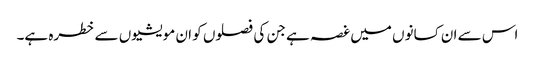
اس سے ان کسانوں میں غصہ ہے جن کی فصلوں کو ان مویشیوں سے خطرہ ہے۔